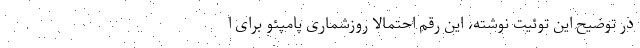
در توضیح این توئیت نوشته، این رقم احتمالاً روزشماری پامپئو برای ا